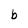
Character: b